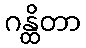
ဂန္ထိတာ